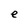
Character: e